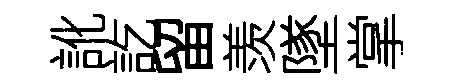
訛訖留羡墜掌